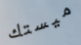
ميستك